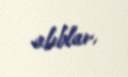
alıblar.